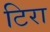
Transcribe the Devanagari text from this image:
टिरा